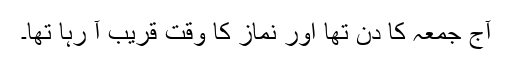
آج جمعہ کا دن تھا اور نماز کا وقت قریب آ رہا تھا۔